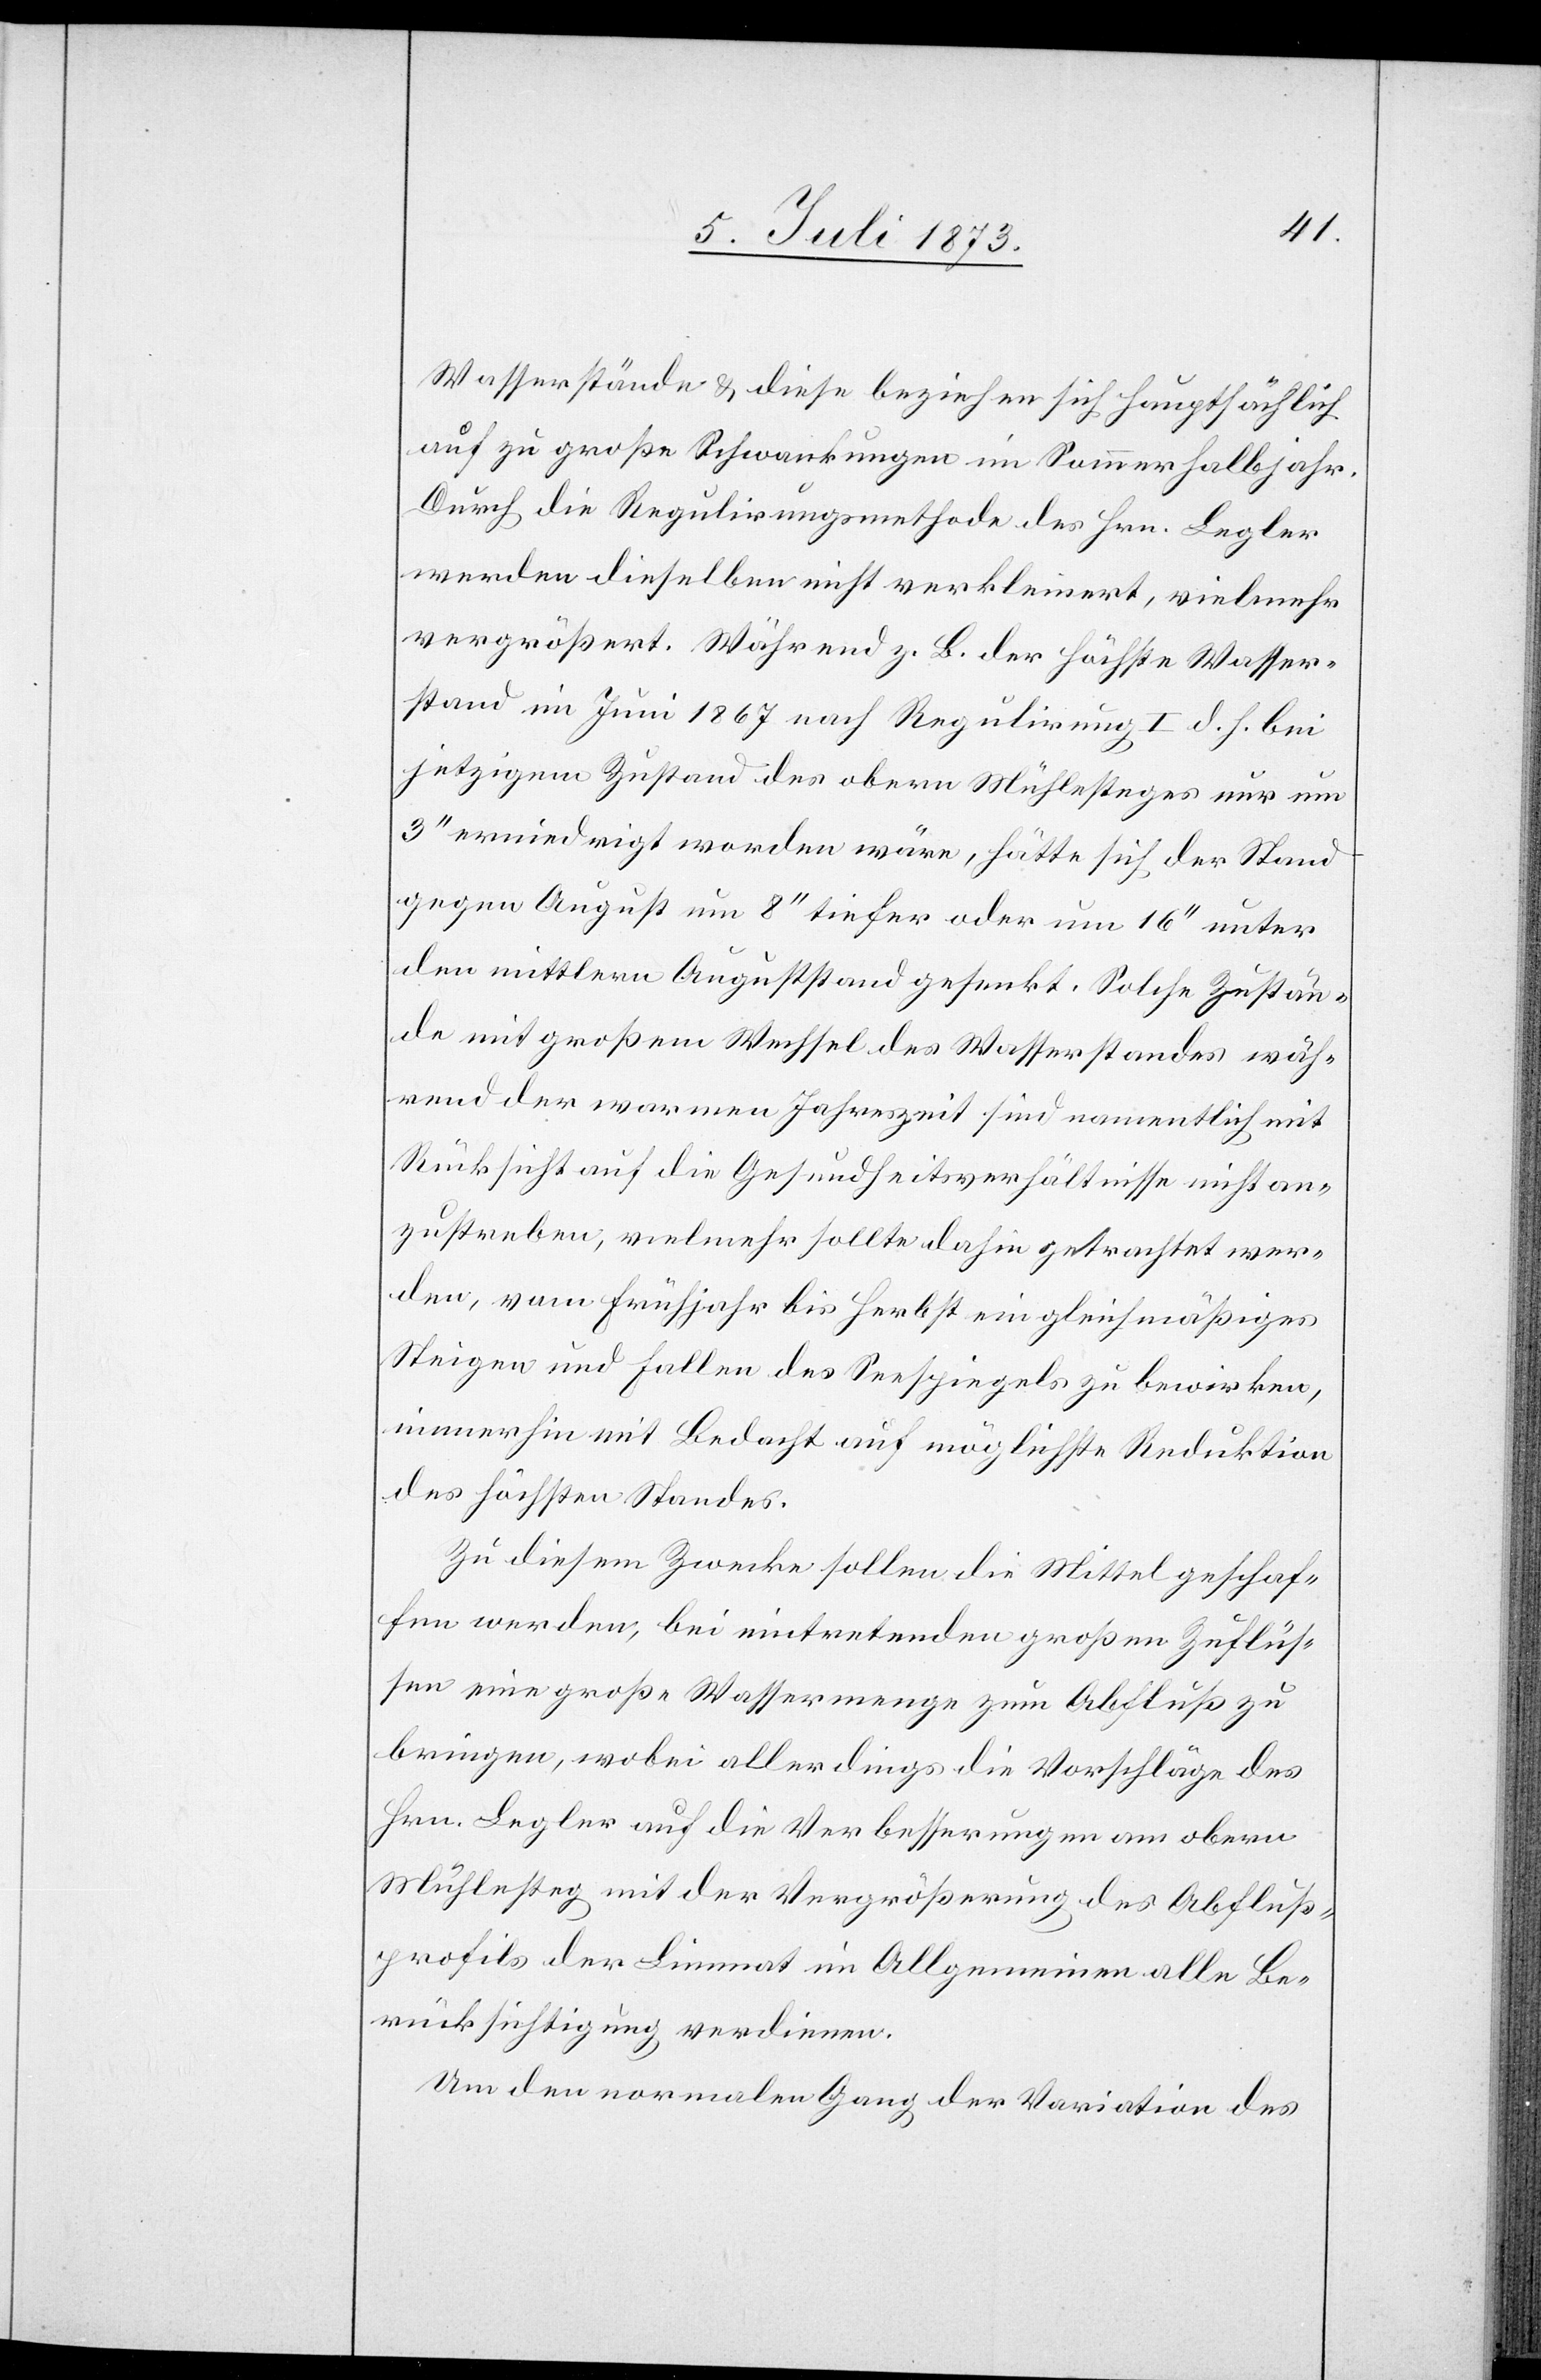
Wasserstände & diese beziehen sich hauptsächlich
auf zu große Schwankungen im Sommerhalbjahr.
Durch die Regulirungsmethode des Hrn. Legler
werden dieselben nicht verkleinert, vielmehr
vergrößert. Während z. B. der höchste Wasser¬
stand im Juni 1867 nach Regulirung I d. h. bei
jetzigem Zustand des obern Mühlesteges nur um
3‘‘ erniedrigt worden wäre, hätte sich der Stand
gegen August um 8‘‘ tiefer oder um 16‘‘ unter
den mittlern Auguststand gesenkt. Solche Zustän¬
de mit großem Wechsel des Wasserstandes wäh¬
rend der warmen Jahreszeit sind namentlich mit
Rücksicht auf die Gesundheitsverhältnisse nicht an¬
zustreben, vielmehr sollte dahin getrachtet wer¬
den, vom Frühjahr bis Herbst ein gleichmäßiges
Steigen und Fallen des Seespiegels zu bewirken,
immerhin mit Bedacht auf möglichste Reduktion
des höchsten Standes.
Zu diesem Zwecke sollen die Mittel geschaf¬
fen werden, bei eintretenden großen Zuflüs¬
sen eine große Wassermenge zum Abfluß zu
bringen, wobei allerdings die Vorschläge des
Hrn. Legler auf die Verbesserungen am obern
Mühlesteg mit der Vergrößerung des Abfluß¬
profils der Limmat im Allgemeinen alle Be¬
rücksichtigung verdienen.
Um den normalen Gang der Variation des